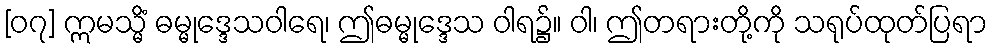
[၀၇] ဣမသ္မိံ ဓမ္မုဒ္ဒေသဝါရေ၊ ဤဓမ္မုဒ္ဒေသ ဝါရ၌။ ဝါ၊ ဤတရားတို့ကို သရုပ်ထုတ်ပြရာ